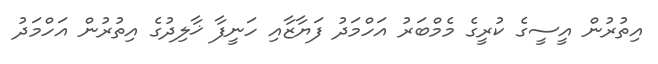
އިތުރުން އީސީގެ ކުރީގެ މެމްބަރު އަހްމަދު ފަޔާޒާއި ހަނީފާ ޚާލިދުގެ އިތުރުން އަހްމަދު